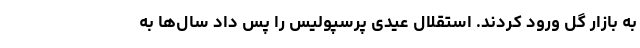
به بازار گل ورود کردند. استقلال عیدی پرسپولیس را پس داد سال‌ها به